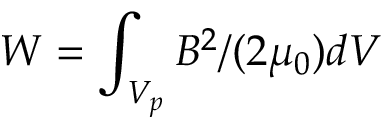
W = \int _ { V _ { p } } B ^ { 2 } / ( 2 \mu _ { 0 } ) d V